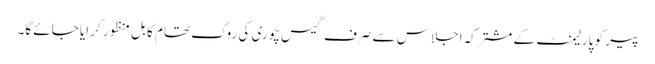
پیر کو پارلیمنٹ کے مشترکہ اجلاس سے صرف گیس چوری کی روک تھام کا بل منظور کرایا جائے گا۔